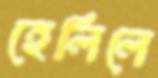
হেলিলে